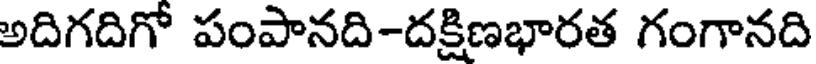
అదిగదిగో పంపానది-దక్షిణభారత గంగానది